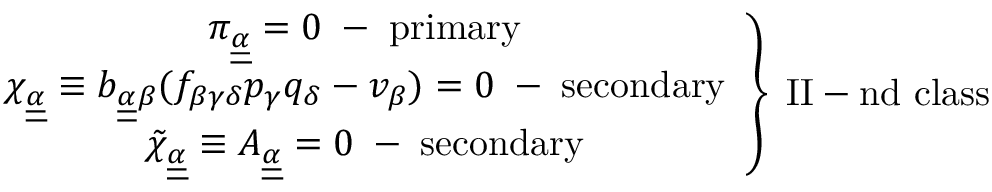
\left. \begin{array} { c c l } { { \pi _ { \underline { { { \underline { { { \alpha } } } } } } } = 0 \; - \; \mathrm { p r i m a r y } } } \\ { { \chi _ { \underline { { { \underline { { { \alpha } } } } } } } \equiv b _ { \underline { { { \underline { { { \alpha } } } } } } \beta } ( f _ { \beta \gamma \delta } p _ { \gamma } q _ { \delta } - v _ { \beta } ) = 0 \; - \; \mathrm { s e c o n d a r y } } } \\ { { \tilde { \chi } _ { \underline { { { \underline { { { \alpha } } } } } } } \equiv A _ { \underline { { { \underline { { { \alpha } } } } } } } = 0 \; - \; \mathrm { s e c o n d a r y } } } \end{array} \right\} \; \mathrm { I I - n d ~ c l a s s }